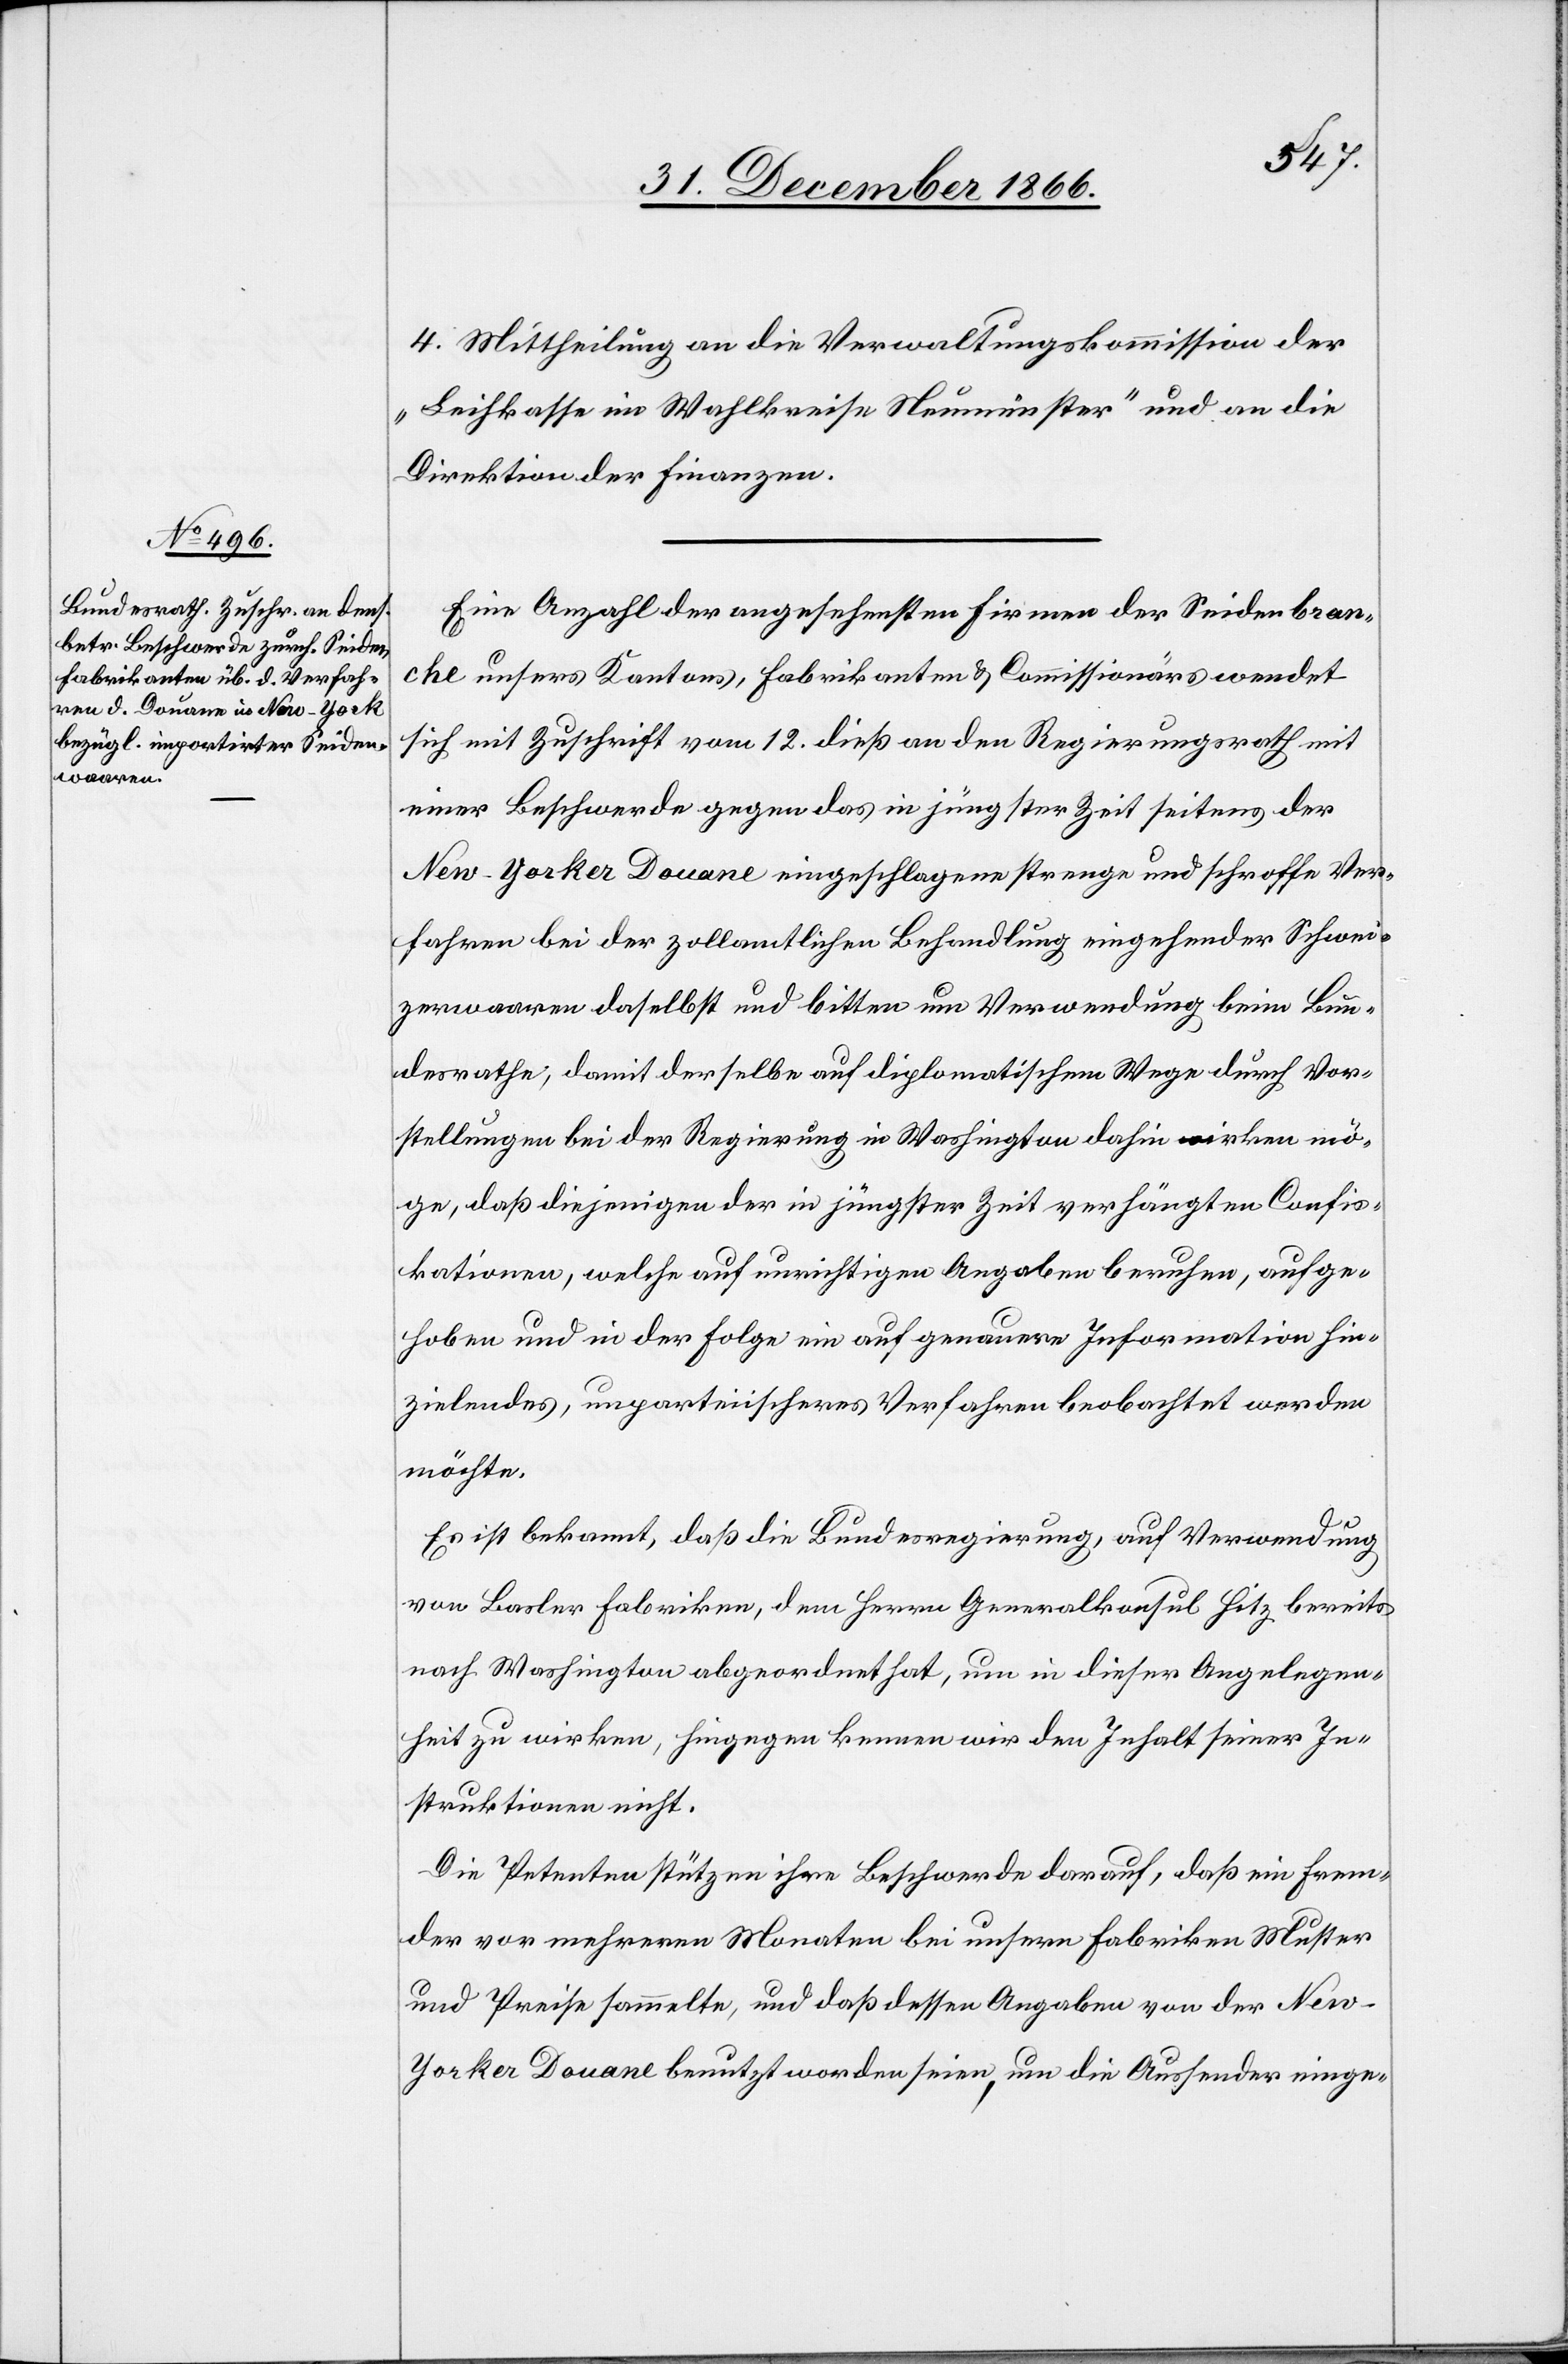
4. Mittheilung an die Verwaltungskommission der
„Leihkasse im Wahlkreise Neumünster“ und an die
Direktion der Finanzen.
Eine Anzahl der angesehensten Firmen der Seidenbran¬
che unsers Kantons, Fabrikanten & Commissionärs wendet
sich mit Zuschrift vom 12. dieß an den Regierungsrath mit
einer Beschwerde gegen das in jüngster Zeit seitens der
New-Yorker Douane eingeschlagene strenge und schroffe Ver¬
fahren bei der zollamtlichen Behandlung eingehender Schwei¬
zerwaaren daselbst und bitten um Verwendung beim Bun¬
desrathe, damit derselbe auf diplomatischem Wege durch Vor¬
stellungen bei der Regierung in Washington dahin wirken mö¬
ge, daß diejenigen der in jüngster Zeit verhängten Confis¬
kationen, welche auf unrichtigen Angaben beruhen, aufge¬
hoben und in der Folge ein auf genauere Information hin¬
zielendes, unparteiisches Verfahren beobachtet werden
möchte.
Es ist bekannt, daß die Bundesregierung, auf Verwendung
von Basler Fabriken, dem Herrn Generalkonsul Hitz bereits
nach Washington abgeordnet hat, um in dieser Angelegen¬
heit zu wirken, hingegen kennen wir den Inhalt seiner In¬
struktionen nicht.
Die Petenten stützen ihre Beschwerde darauf, daß ein Frem¬
der vor mehreren Monaten bei unsern Fabriken Muster
und Preise sammelte, und daß dessen Angaben von der Ne¬
w-Yorker Douane benutzt worden seien, um die Aussender einge-